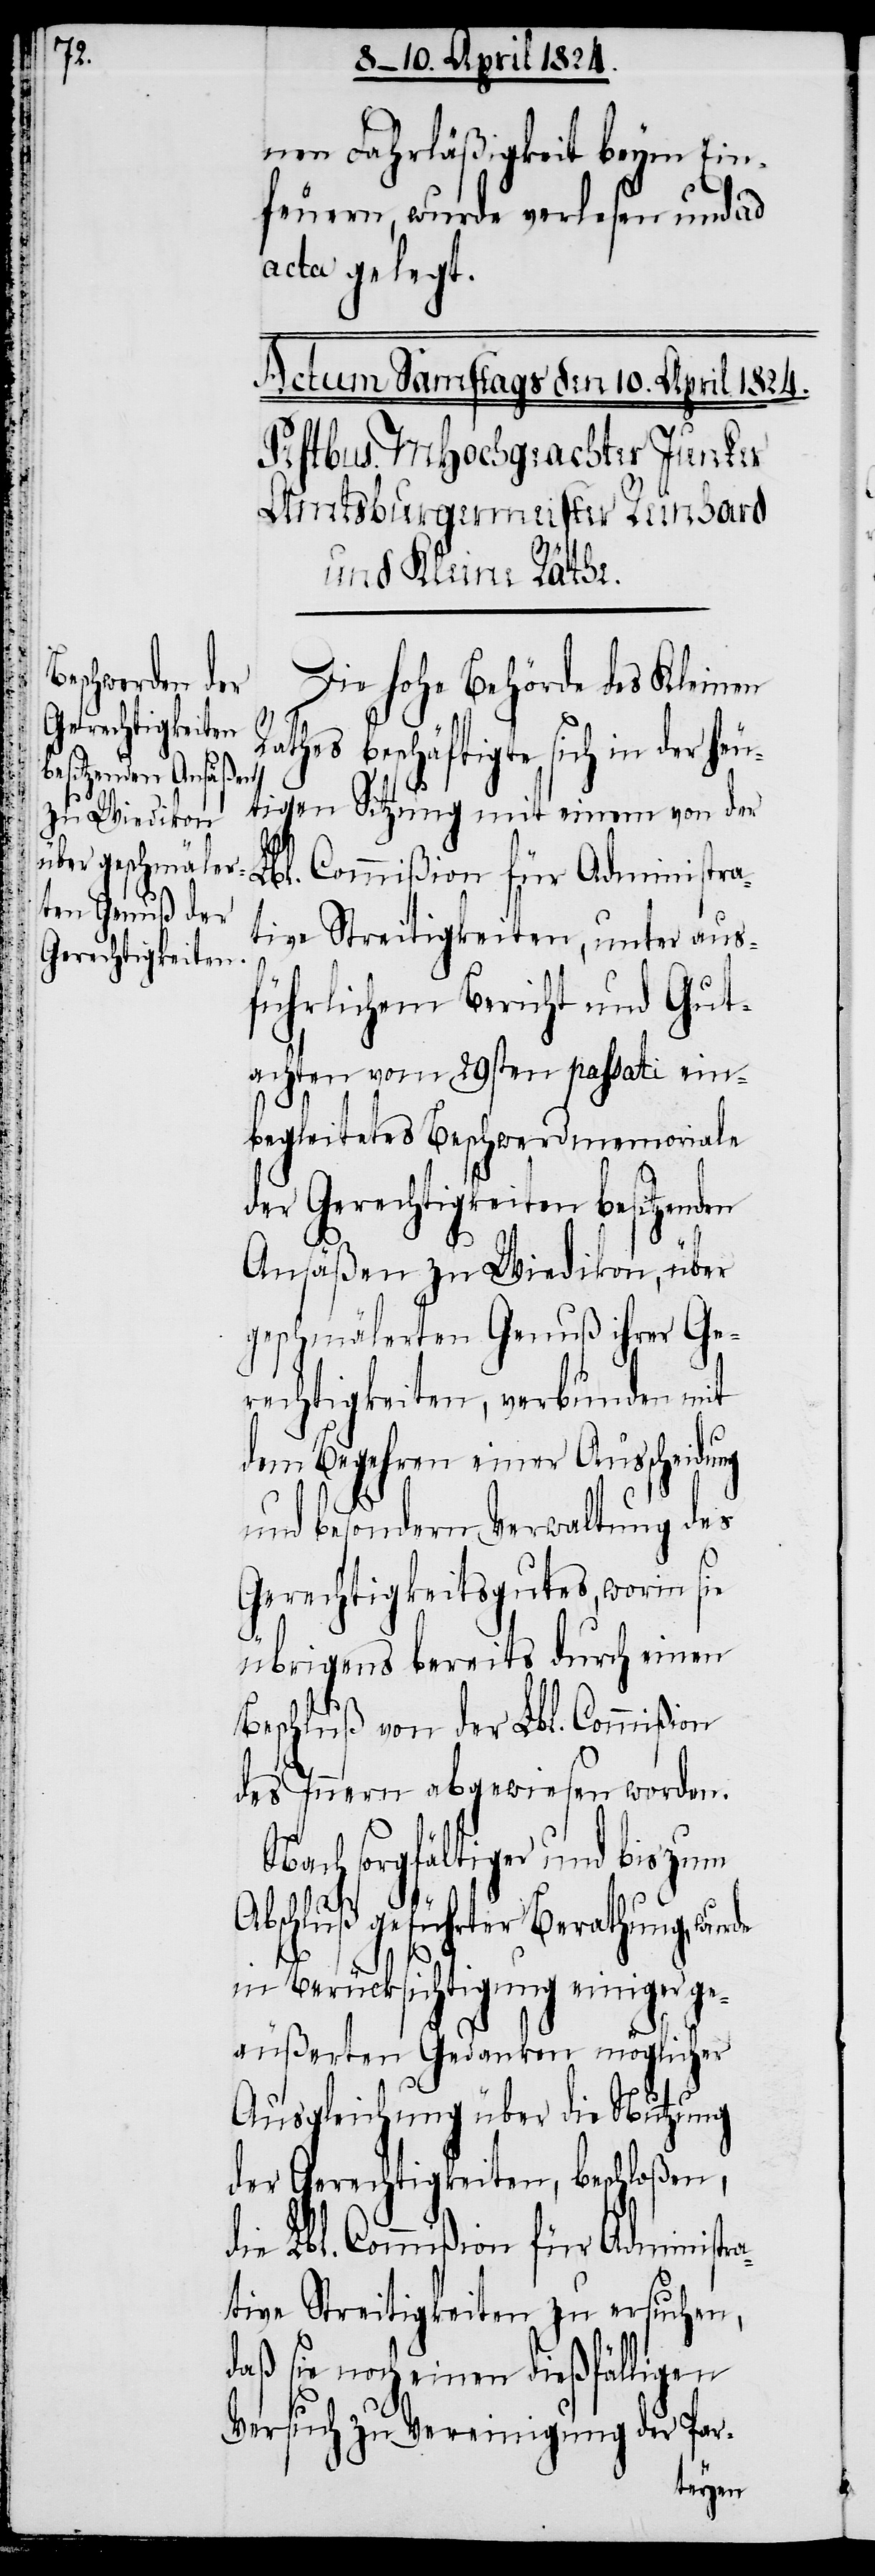
nen Fahrläßigkeit beym Ein¬
feuern, wurde verlesen und ad
acta gelegt.
Die hohe Behörde des Kleinen
Rathes beschäftigte sich in der heu¬
tigen Sitzung mit einem von der
Lbl. Commißion für Administra¬
tive Streitigkeiten, unter aus¬
führlichem Bericht und Gut¬
achten vom 29sten passati ein¬
begleitetes Beschwerdmemoriale
der Gerechtigkeiten besitzenden
Ansäßen zu Wiedikon, über
geschmälerten Genuß ihrer Ge¬
rechtigkeiten, verbunden mit
dem Begehren einer Ausscheidung
und besondern Verwaltung des
Gerechtigkeitsgutes, worin sie
übrigens bereits durch einen
Beschluß von der Lbl. Commißion
des Innern abgewiesen worden.
Nach sorgfältiger und bis zum
Abschluß geführter Berathung, wurde
in Berücksichtigung einiger ge¬
äußerten Gedanken möglicher
Ausgleichung über die Nutzung
der Gerechtigkeiten, beschloßen,
die Lbl. Commißion für Administra¬
tive Streitigkeiten zu ersuchen,
daß sie noch einen dießfälligen
Versuch zu Vereinigung der Par-